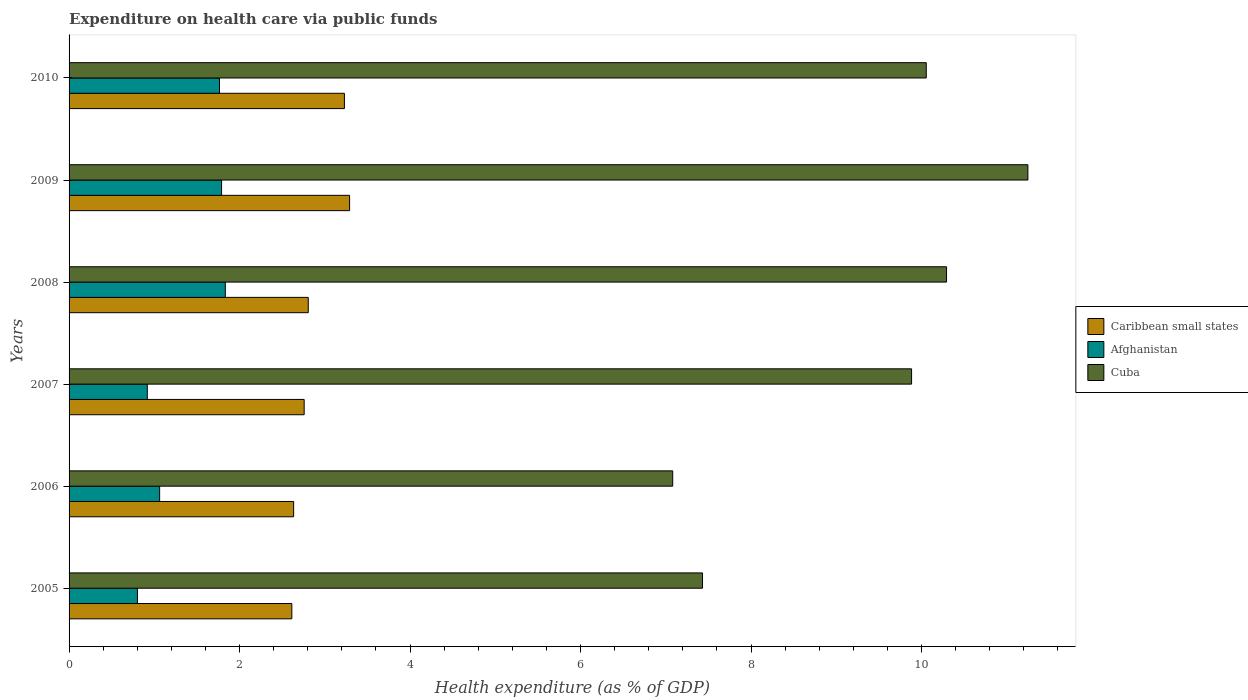
| Years | Caribbean small states | Afghanistan | Cuba |
 | --- | --- | --- | --- |
 | 2005 | 2.61 | 0.802 | 7.43 |
 | 2006 | 2.63 | 1.06 | 7.08 |
 | 2007 | 2.76 | 0.918 | 9.88 |
 | 2008 | 2.81 | 1.83 | 10.3 |
 | 2009 | 3.29 | 1.79 | 11.2 |
 | 2010 | 3.23 | 1.76 | 10.1 |